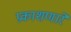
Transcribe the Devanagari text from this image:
प्रकाशणारे